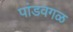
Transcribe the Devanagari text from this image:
पांडवगळ